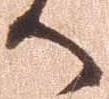
へ